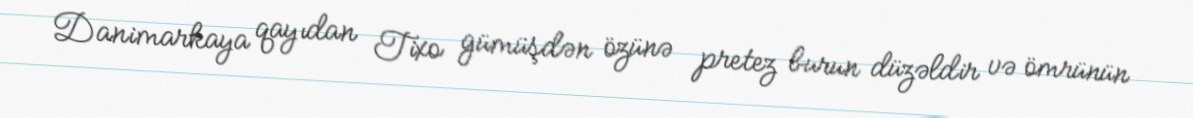
Danimarkaya qayıdan Tixo gümüşdən özünə pretez burun düzəldir və ömrünün